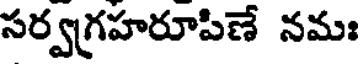
సర్వగ్రహరూపిణే నమః